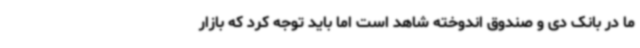
ما در بانک دی و صندوق اندوخته شاهد است اما باید توجه کرد که بازار